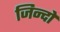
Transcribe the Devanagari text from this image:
जिन्दों